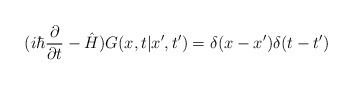
\begin{align*}(i\hbar\frac{\partial} {\partial t}-\hat{H})G(x,t|x',t')=\delta(x-x')\delta(t-t')\end{align*}